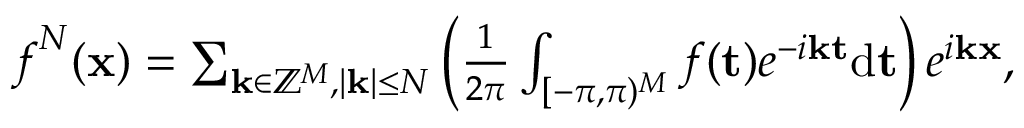
\begin{array} { r } { \boldsymbol { f } ^ { N } ( \mathbf { x } ) = \sum _ { \mathbf { k } \in \mathbb { Z } ^ { M } , | \mathbf { k } | \leq N } \left( \frac { 1 } { 2 \pi } \int _ { { [ - \pi , \pi ) ^ { M } } } \boldsymbol { f } ( \mathbf { t } ) e ^ { - i \mathbf { k } \mathbf { t } } \mathrm { d } { \mathbf { t } } \right) e ^ { i \mathbf { k } \mathbf { x } } , } \end{array}